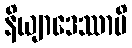
နိယျာဒေဿာမိ